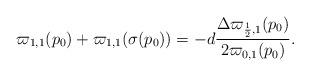
LaTeX: \begin{align*} \varpi_{1,1}(p_0)+\varpi_{1,1}(\sigma(p_0))=-d\frac{\Delta\varpi_{\frac12,1}(p_0)}{2\varpi_{0,1}(p_0)}.\end{align*}